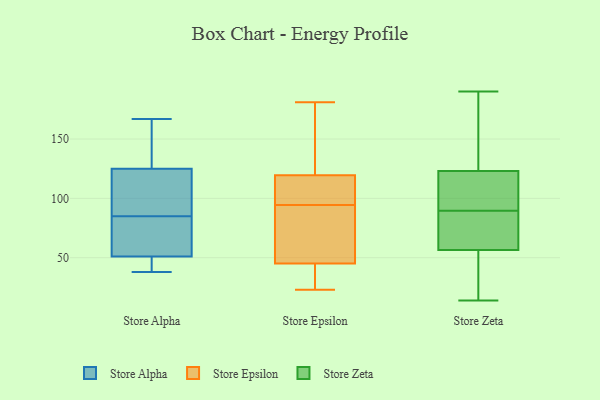
{"axis": {"x": "Customer Acquisition Cost (USD)", "y": "Value"}, "legend": ["Store Alpha", "Store Epsilon", "Store Zeta"], "data": [{"x": "", "y": 161, "type": "Store Alpha"}, {"x": "", "y": 38, "type": "Store Alpha"}, {"x": "", "y": 67, "type": "Store Alpha"}, {"x": "", "y": 49, "type": "Store Alpha"}, {"x": "", "y": 81, "type": "Store Alpha"}, {"x": "", "y": 87, "type": "Store Alpha"}, {"x": "", "y": 39, "type": "Store Alpha"}, {"x": "", "y": 125, "type": "Store Alpha"}, {"x": "", "y": 83, "type": "Store Alpha"}, {"x": "", "y": 120, "type": "Store Alpha"}, {"x": "", "y": 98, "type": "Store Alpha"}, {"x": "", "y": 127, "type": "Store Alpha"}, {"x": "", "y": 167, "type": "Store Alpha"}, {"x": "", "y": 51, "type": "Store Alpha"}, {"x": "", "y": 79, "type": "Store Epsilon"}, {"x": "", "y": 104, "type": "Store Epsilon"}, {"x": "", "y": 24, "type": "Store Epsilon"}, {"x": "", "y": 59, "type": "Store Epsilon"}, {"x": "", "y": 23, "type": "Store Epsilon"}, {"x": "", "y": 24, "type": "Store Epsilon"}, {"x": "", "y": 104, "type": "Store Epsilon"}, {"x": "", "y": 181, "type": "Store Epsilon"}, {"x": "", "y": 179, "type": "Store Epsilon"}, {"x": "", "y": 87, "type": "Store Epsilon"}, {"x": "", "y": 79, "type": "Store Epsilon"}, {"x": "", "y": 127, "type": "Store Epsilon"}, {"x": "", "y": 172, "type": "Store Epsilon"}, {"x": "", "y": 112, "type": "Store Epsilon"}, {"x": "", "y": 102, "type": "Store Epsilon"}, {"x": "", "y": 31, "type": "Store Epsilon"}, {"x": "", "y": 14, "type": "Store Zeta"}, {"x": "", "y": 98, "type": "Store Zeta"}, {"x": "", "y": 91, "type": "Store Zeta"}, {"x": "", "y": 98, "type": "Store Zeta"}, {"x": "", "y": 157, "type": "Store Zeta"}, {"x": "", "y": 27, "type": "Store Zeta"}, {"x": "", "y": 190, "type": "Store Zeta"}, {"x": "", "y": 53, "type": "Store Zeta"}, {"x": "", "y": 87, "type": "Store Zeta"}, {"x": "", "y": 60, "type": "Store Zeta"}, {"x": "", "y": 148, "type": "Store Zeta"}, {"x": "", "y": 88, "type": "Store Zeta"}]}